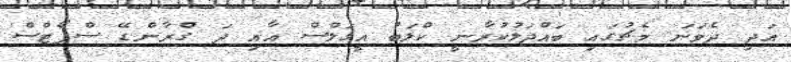
އަދި ދެވަނަ މެޗުގައި ބައްދަލުކުރާނީ ކްލަބު އީގަލްސް އާއި ދަ ގްރާންޑޭ ސްޕޯޓްސް